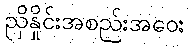
ညှိနှိုင်းအစည်းအဝေး